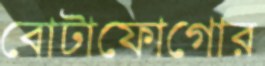
বোটাফোগোর